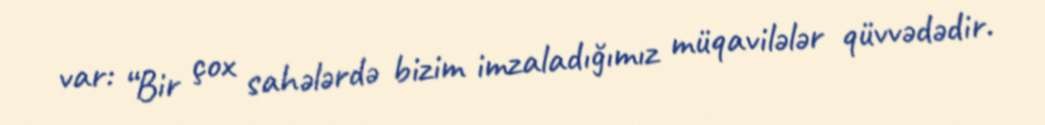
var: “Bir çox sahələrdə bizim imzaladığımız müqavilələr qüvvədədir.